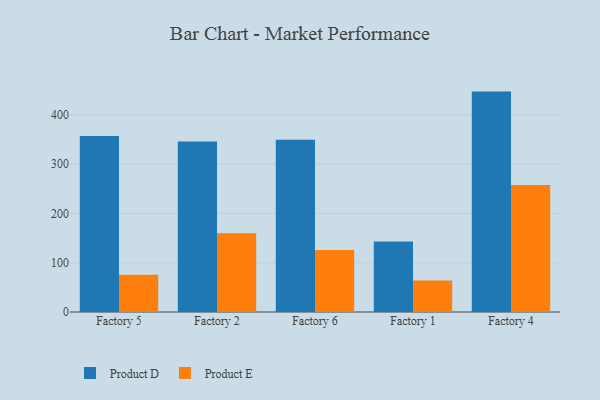
{"axis": {"x": "Factory", "y": "Active Users"}, "legend": ["Product D", "Product E"], "data": [{"x": "Factory 5", "y": 356.7, "type": "Product D"}, {"x": "Factory 5", "y": 75.8, "type": "Product E"}, {"x": "Factory 2", "y": 345.8, "type": "Product D"}, {"x": "Factory 2", "y": 159.6, "type": "Product E"}, {"x": "Factory 6", "y": 349.2, "type": "Product D"}, {"x": "Factory 6", "y": 125.7, "type": "Product E"}, {"x": "Factory 1", "y": 142.9, "type": "Product D"}, {"x": "Factory 1", "y": 63.8, "type": "Product E"}, {"x": "Factory 4", "y": 447.0, "type": "Product D"}, {"x": "Factory 4", "y": 257.7, "type": "Product E"}]}